Source: Handwritten
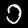
Digit: ၁ (1)